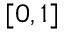
[ 0 , 1 ]